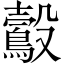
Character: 鷇